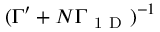
( \Gamma ^ { \prime } + N \Gamma _ { \mathrm { ~ 1 ~ D ~ } } ) ^ { - 1 }